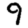
Digit: 9